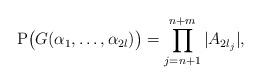
LaTeX: \begin{align*}\mathrm{P}\big(G(\alpha_1,\dots,\alpha_{2l})\big)=\prod_{j=n+1}^{n+m}|A_{2l_j}|,\end{align*}